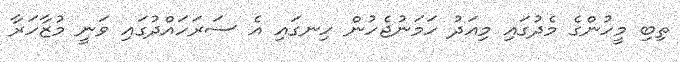
ތިބި މީހުންގެ މެދުގައި މިއަދު ހަމަނުޖެހުން ހިނގައި އެ ސަރަހައްދުގައި ވަނީ މުޒާހަރާ